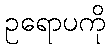
ဥရောပကို